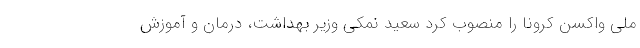
ملی واکسن کرونا را منصوب کرد سعید نمکی وزیر بهداشت، درمان و آموزش